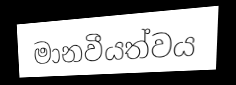
මානවීයත්වය